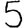
Digit: 5